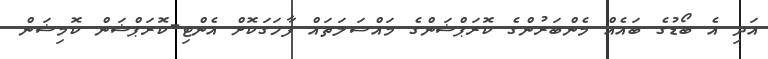
އަދި އެ ބޯޑުގެ ބައެއް މެންބަރުންގެ ކޮރަޕްޝަންގެ މައްސަލަތައް ފާހަގަކޮށް އެންޓި-ކޮރަޕްޝަން ކޮމިޝަން